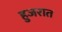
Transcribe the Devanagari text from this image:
हुजरात